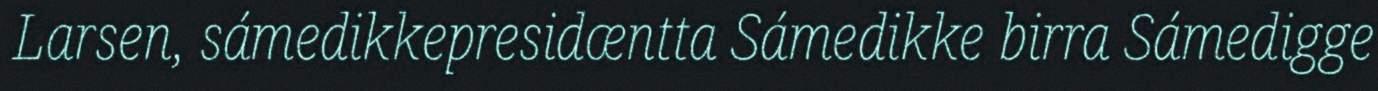
Larsen, sámedikkepresidæntta Sámedikke birra Sámedigge